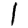
Digit: 1